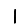
Digit: 1